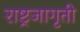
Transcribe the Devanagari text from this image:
राष्ट्रजागृती